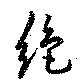
絶